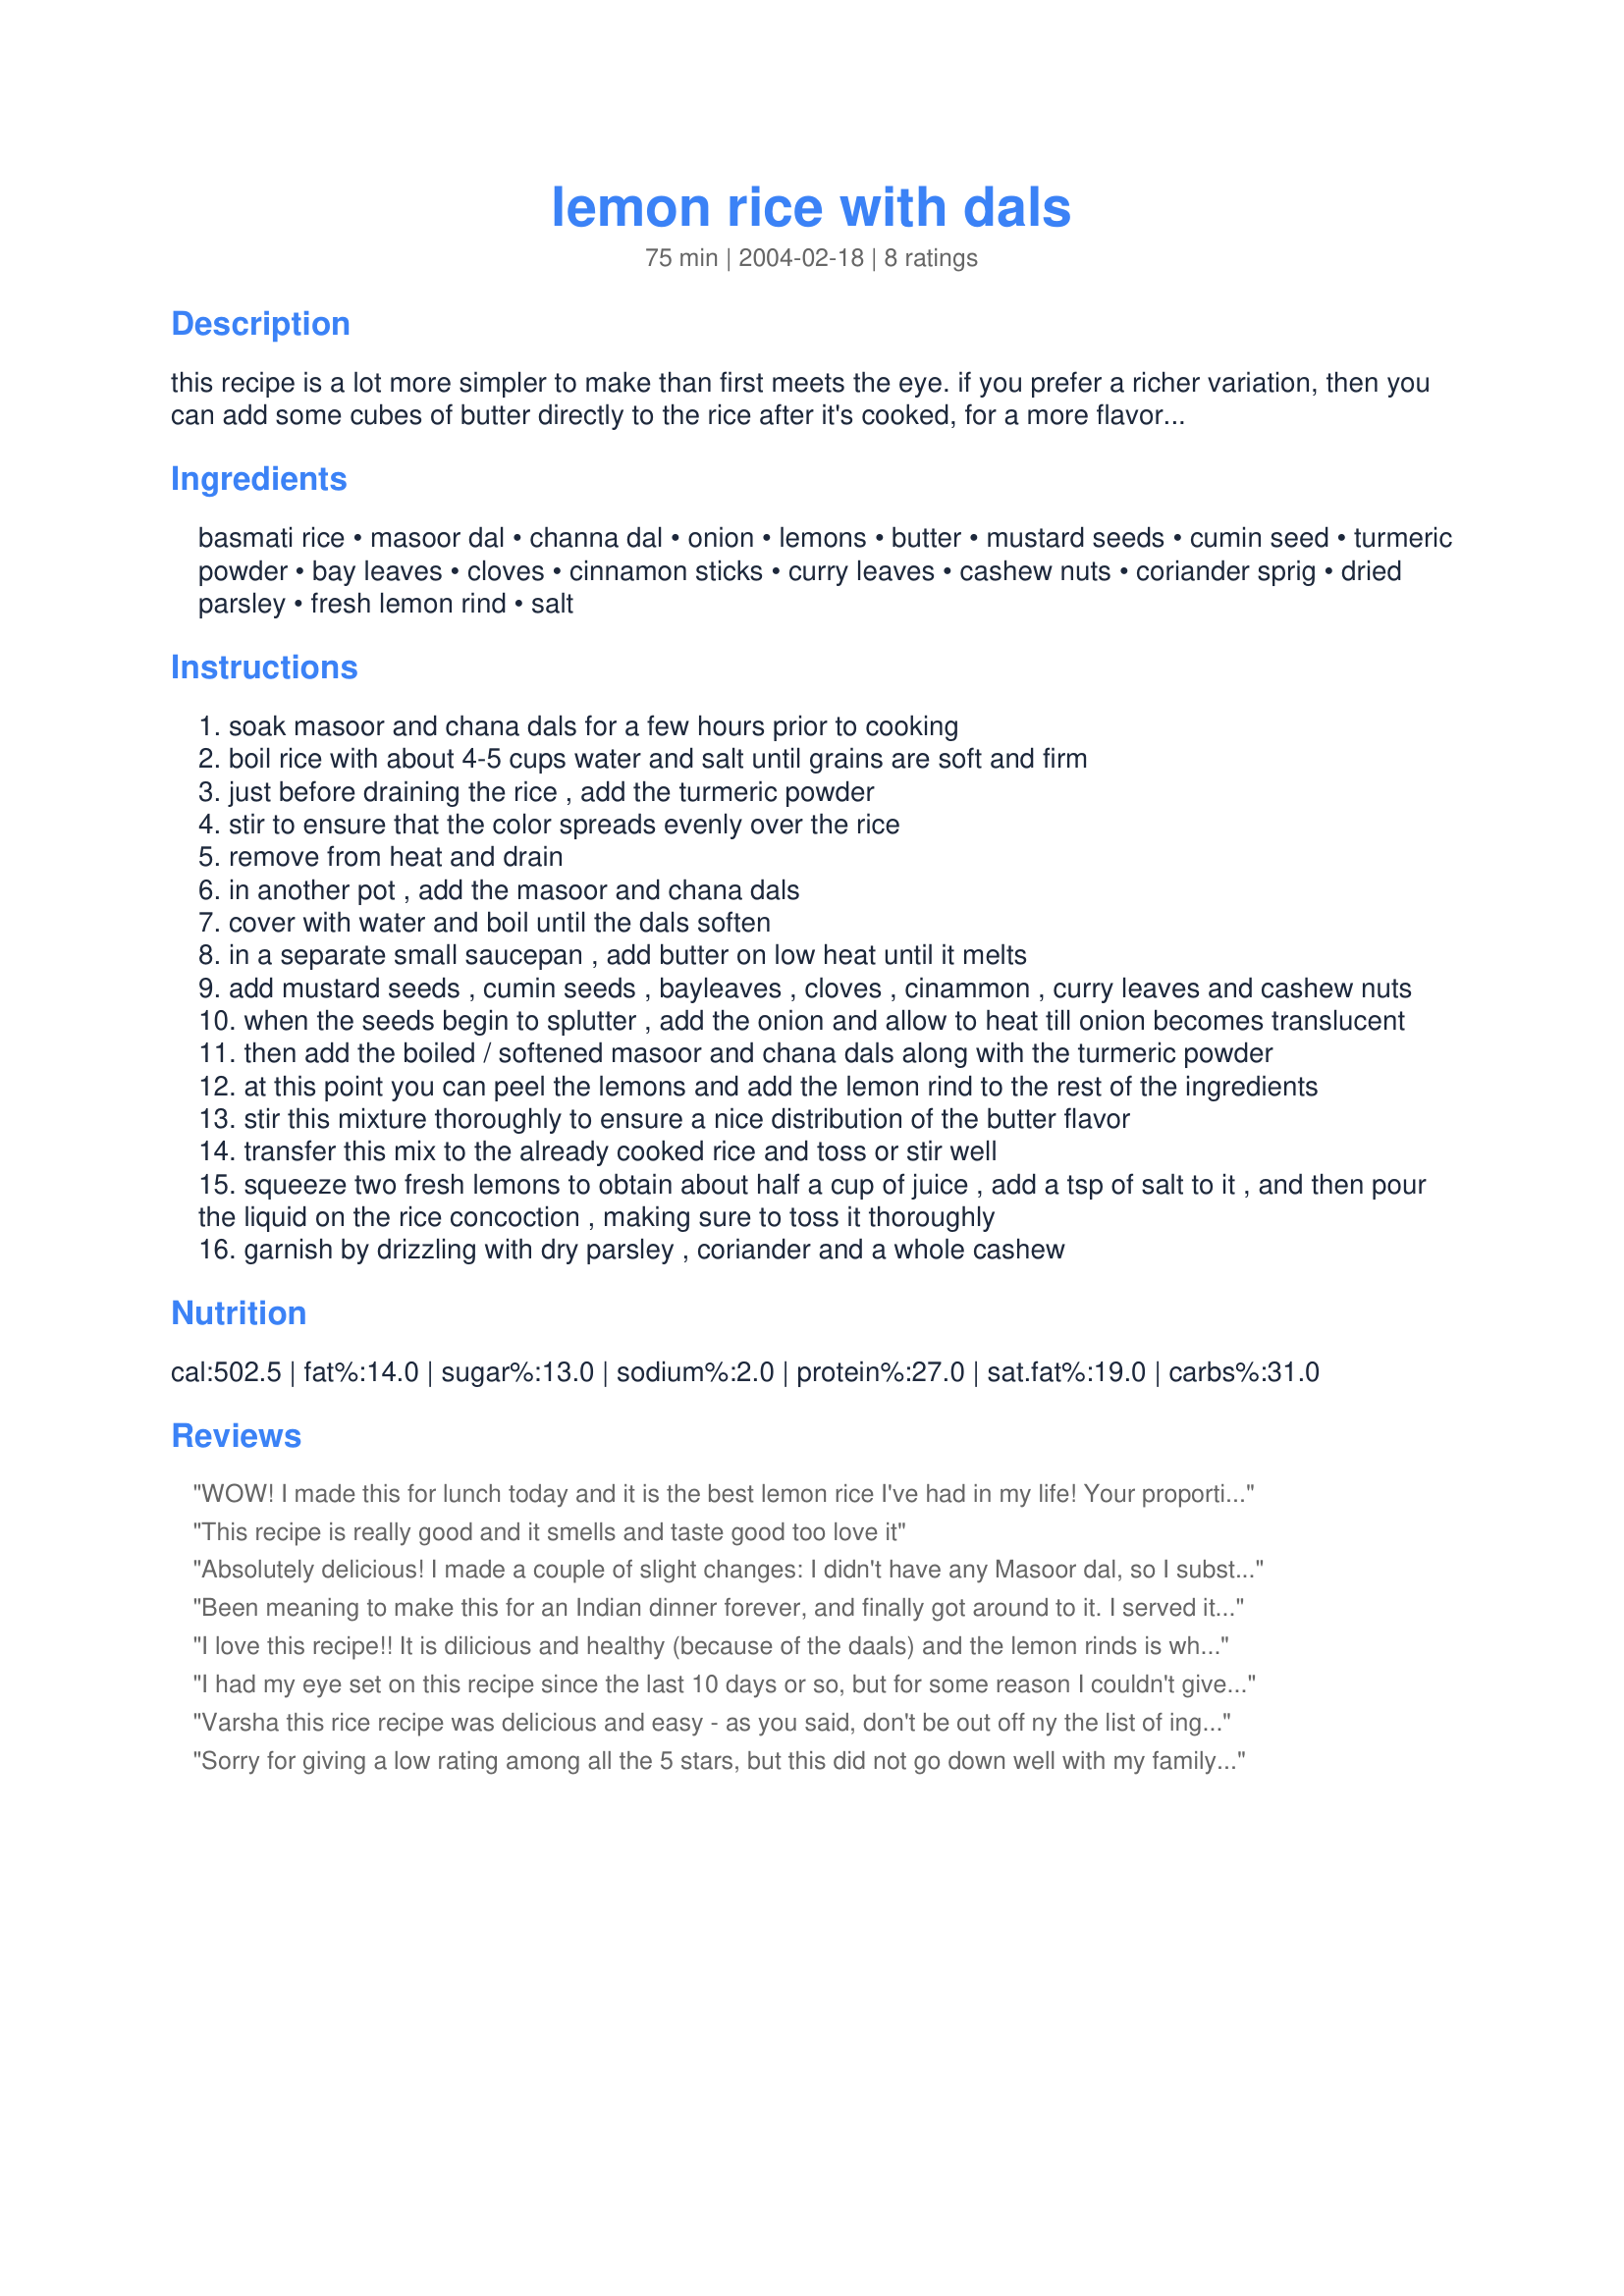
lemon rice with dals
Preparation time: 75 minutes

this recipe is a lot more simpler to make than first meets the eye. if you prefer a richer variation, then you can add some cubes of butter directly to the rice after it's cooked, for a more flavorsome taste.

Ingredients:
basmati rice, masoor dal, channa dal, onion, lemons, butter, mustard seeds, cumin seed, turmeric powder, bay leaves, cloves, cinnamon sticks, curry leaves, cashew nuts, coriander sprig, dried parsley, fresh lemon rind, salt

Steps:
soak masoor and chana dals for a few hours prior to cooking
boil rice with about 4-5 cups water and salt until grains are soft and firm
just before draining the rice , add the turmeric powder
stir to ensure that the color spreads evenly over the rice
remove from heat and drain
in another pot , add the masoor and chana dals
cover with water and boil until the dals soften
in a separate small saucepan , add butter on low heat until it melts
add mustard seeds , cumin seeds , bayleaves , cloves , cinammon , curry leaves and cashew nuts
when the seeds begin to splutter , add the onion and allow to heat till onion becomes translucent
then add the boiled / softened masoor and chana dals along with the turmeric powder
at this point you can peel the lemons and add the lemon rind to the rest of the ingredients
stir this mixture thoroughly to ensure a nice distribution of the butter flavor
transfer this mix to the already cooked rice and toss or stir well
squeeze two fresh lemons to obtain about half a cup of juice , add a tsp of salt to it , and then pour the liquid on the rice concoction , making sure to toss it thoroughly
garnish by drizzling with dry parsley , coriander and a whole cashew

Reviews:
WOW! I made this for lunch today and it is the best lemon rice I've had in my life! Your proportions and instructions were absolutely perfect. This is the first time I've made lemon rice with dal and lemon rind and it was really flavorful - cannot go back to using just lemon juice again! The color of this dish is wonderfully enticing and the dry spices made it so delicately fragrant and aromatic. I can't wait to make it again soon and invite some friends over! Thanks for posting the recipe.
This recipe is really good and it smells and taste good too love it
Absolutely delicious! I made a couple of slight changes: I didn't have any Masoor dal, so I substituted Moong dal. I didn't bother soaking either the Moong or the Channa dal, and found that they became soft and tender after simmering 20 to 25 minutes.I was out of cashew nuts so I tossed in some roasted flaked almonds instead.
I added the finely grated zest of one of the lemons, and strips of the rind of the other. Finely, I used ghee rather than butter. This was one of the tastiest rice dishes I have ever eaten, and it won't be long before I cook it again. I served it with South Indian Vegetable Korma (which I am posting), and they complemented each other perfectly. Keep the recipes coming Varsha!
Been meaning to make this for an Indian dinner forever, and finally got around to it. I served it with SueL's Palak Paneer and it went so well I think I may just fall in love with Indian food. Loved the contrasty texture of the lentils with the rice and amazing flavor too.
I love this recipe!! It is dilicious and healthy (because of the daals) and the lemon rinds is what does the trick.It looks pretty and adds flavor.This is different from the traditional recipe and I am definately sticking with this one!!! Thanks for sharing.
I had my eye set on this recipe since the last 10 days or so, but for some reason I couldn't give it a try, until this afternoon. Why do I have to give this recipe only 5 stars? Why not the whole cosmos of stars!?! This is just so so good that words fail me to describe how much I have relished every spoonful of this today. I halved this recipe, made it and had it for lunch this afternoon. It was OUT OF THE WORLD! Your instructions for the recipe are perfect, and you are right that it is alot simpler to make than what it appears to be. This rice had the prettiest lemon colour that I have ever seen and when garnished with fresh green corriander leaves and served alongside Indian Cabbage And Carrots{recipe 84445}, it was sooooo pretty that I think I overate some;-). LOL..But, it was just great to finally be able to try this and I want to thank you for sharing this on Zaar. The only one suggestion I thought I should post is that the chef should garnish the rice either with parsley{fresh} or fresh corriander leaves, NOT WITH BOTH because then that would make the rice too over-flavourful, IMO. The lemon juice simply makes this rice such a delight to dig into! I think that this rice would make a nice dish to take to a picnic party or as a snack to work/college/school. Thank you ever so much for the best lunch that I've had in a long long time:-)
Varsha this rice recipe was delicious and easy - as you said, don't be out off ny the list of ingredients as the recipe is actually very simple to put together. I'll definitely be making this again and again. Thanks for posting!
Sorry for giving a low rating among all the 5 stars, but this did not go down well with my family. It was a variation of the usual lemon rice, but was not that good as I expected it to be. Neither did it gain much of an approval from my BF. Will not be making it again.
